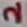
Text: 2